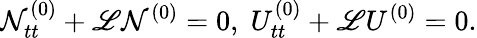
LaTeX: \mathcal{N}_{tt}^{(0)}+\mathscr{{L}}\mathcal{N}^{(0)}=0,\; U_{tt}^{(0)}+\mathscr{{L}}U^{(0)}=0.